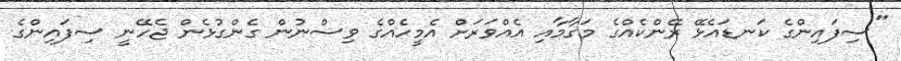
"ސިފައިންގެ ކަނޑައެޅޭ ރޭންކެއްގެ މަގާމާއި އެއްވަރަށް އެމީހެއްގެ ވިސްނުން ގެންގުޅެން ޖެހޭނީ ސިފައިންގެ